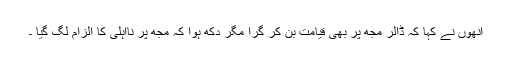
انھوں نے کہا کہ ڈالر مجھ پر بھی قیامت بن کر گرا مگر دکھ ہوا کہ مجھ پر نااہلی کا الزام لگ گیا ۔